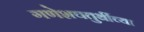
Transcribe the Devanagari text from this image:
गणेशचतुर्थीच्या